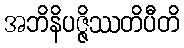
အဘိနိပဇ္ဇိဿတိပီတိ